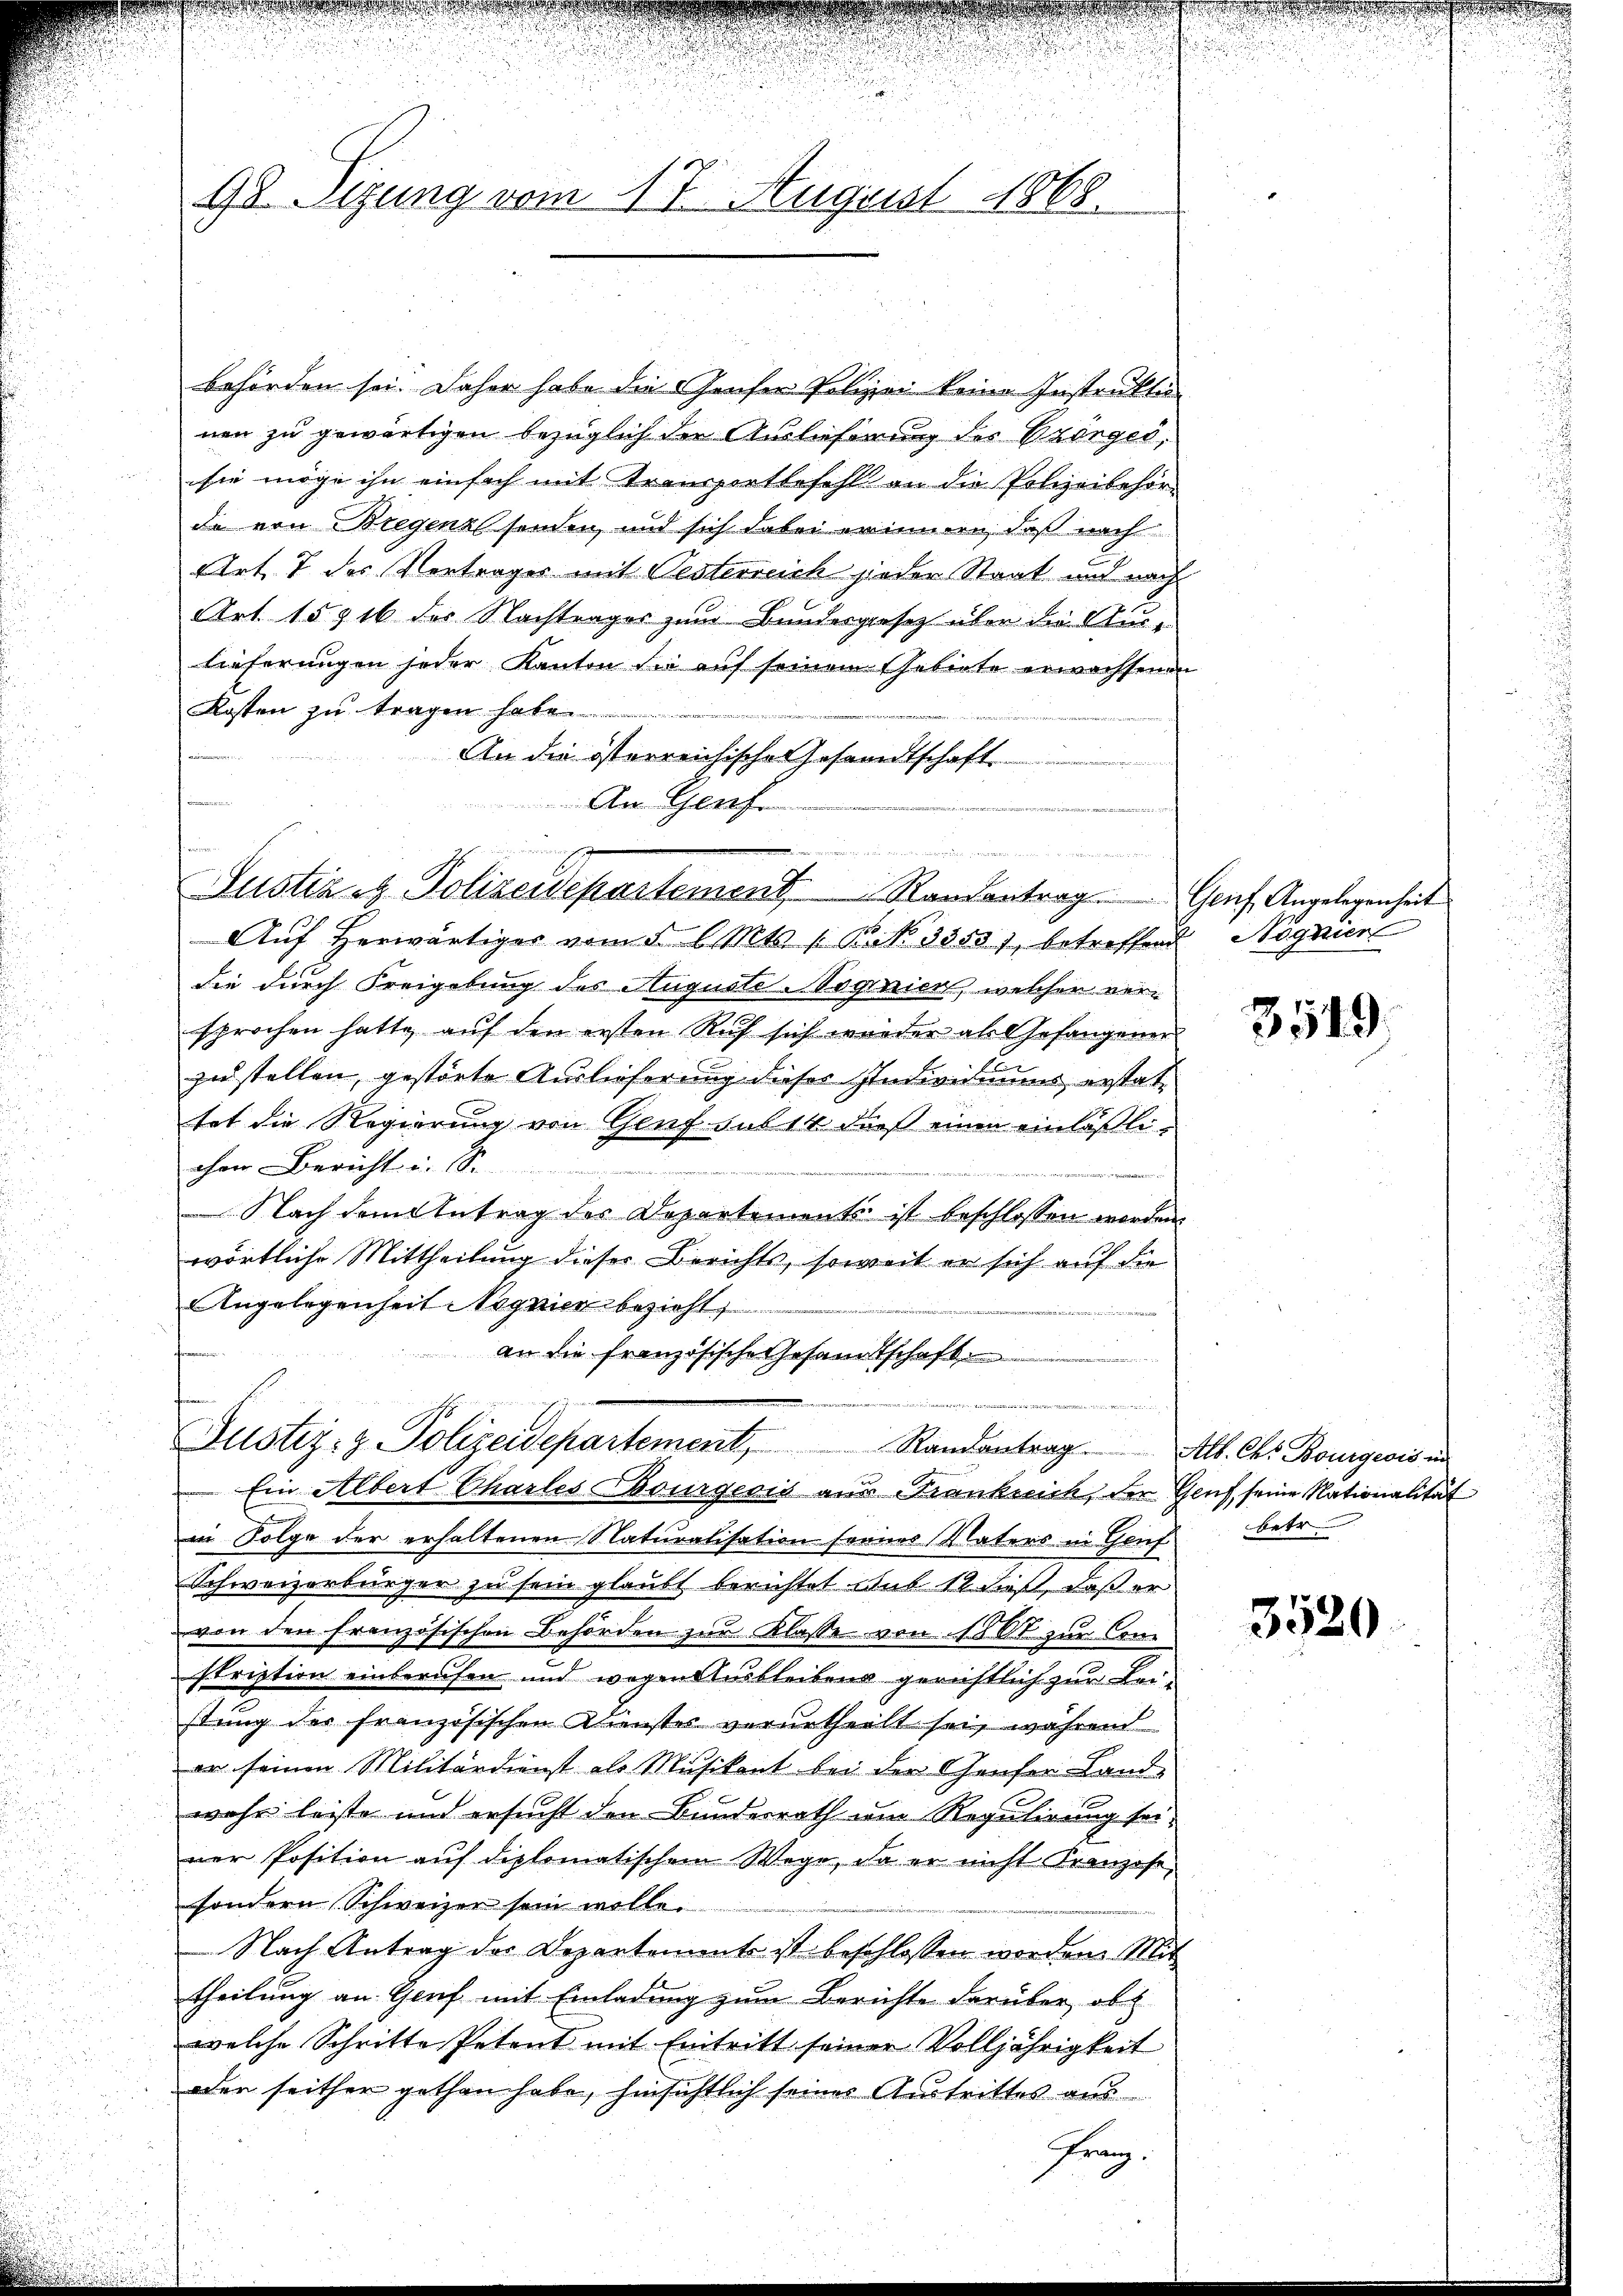
u

18 Stung vom 17. August 1868.

behörden sei. Daher habe die Genfer Polizei keine Instruktio
nen zu gewärtigen bezüglich der Auslieferung des Pränger,
sie möge ihn einfach mit Transportbefehl an die Polizeibehör-
de von Bregenz sonden, und sich dabei erinnern, daß nach
Art. 7 des Vertrages mit Oesterreich jeder Staat und nach
Art. 15916 der Nachtrages zum Bundesgesetz über die Austieferungen jeder Kanton die auf seinem Gebiete erwachsenen
Kosten zu tragen habe.
An die österreichischen Gesandtschaft.
An Genf.

Aŭf herwärtiger vom § 6. Mts. 1. Bik. 3353), betreffend Nögnier
die durch Freigebung des Auguste-Nognien, welcher versprochen hatte, auf den ersten Ruf sich wieder als Gefangener
zu stellen, gestörte Auslieferung dieses Individuums erstattet die Regierung von Genf sub 14 daß einen einläßlichen Bericht u. S.
Nach dem Antrag des Departements ist beschlossen werden.
wörtliche Mittheilung dieser Berichts, soweit er sich auf die
Angelegenheit Nagnier bezieht,
an die französische Gesandtschaft
n
e
Justiz- & Polizeidepartement, Randantrag. All. Chr. Bourgeois in
Ein Albert Charles Bourgeois aus Kranknick, der Genf seine Nationalität
in Folge der erhaltenen Naturalisation seines Vaters in Genf. betr
Schweizerbürger zu sein glaubt berichtet nur 12 dieß, daß er
von den französischen Behörden zur Klasse von 1867 zur Com
stription einberufen und wegen Ausbleibens gerichtlich zur Leistung der französischen Dienstes verurtheilt sei, während
er seinen Militärdienst als Musikant bei der Genfer Land-
wahr leiste und ersucht den Bundesrath um Regulirung sei,
ner Position auf diplomatischem Wege, da er nicht Kranzose,
sondern Schweizer sein wolle.
Nach Antrag der Departement ist beschlossen worden. Mit
theilung an Genf mit Einladung zum Berichte darüber, ob
welche Schritte Petent mit Eintritt seiner Volljährigkeit
oder seither gethan habe, hinsichtlich seines Austrittes aus
Franz.

dete ich ich in den se
Justiz & Polizeidepartement.   Randantrag. Genf Angelegenheit

d
d
u

3549.

3520.